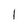
Character: l